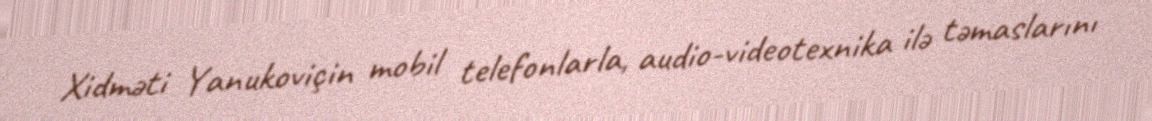
Xidməti Yanukoviçin mobil telefonlarla, audio-videotexnika ilə təmaslarını